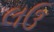
લઉ